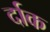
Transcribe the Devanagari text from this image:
र्दाक